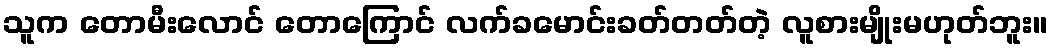
သူက တောမီးလောင် တောကြောင် လက်ခမောင်းခတ်တတ်တဲ့ လူစားမျိုးမဟုတ်ဘူး။